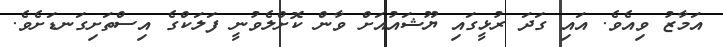
އަމާޒު ވިއެވެ. އައި ގަދަ ރުޅީގައި ޔޫޝައުއަށް ވާން ކޮށްލެވުނީ ފަލަކްގެ އިސްތަށިގަނޑަށެވެ.